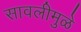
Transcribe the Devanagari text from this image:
सावलीमुळे